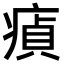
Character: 𤸘